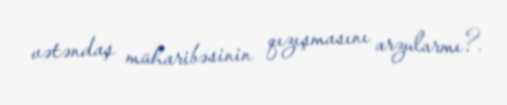
vətəndaş müharibəsinin qızışmasını arzularmı?.